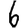
Digit: 6